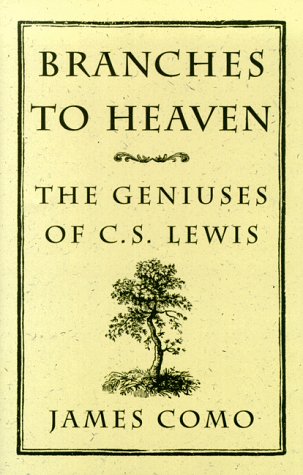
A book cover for Branches to Heaven; James Como; Science Fiction & Fantasy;